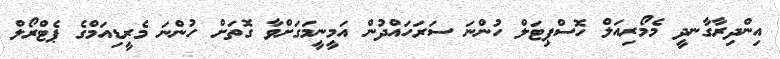
އިންދިރާގާނދީ މެމޯރިއަލް ހޮސްޕިޓަލް ހުންނަ ސަރަހައްދުން އަމީނީމަގަށްވާ ގޮތަށް ހުންނަ މެރީޑިއަމްގެ ޕެޓްރޯލް